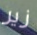
زير